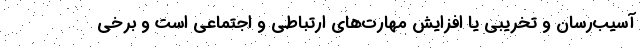
آسیب‌رسان و تخریبی یا افزایش مهارت‌های ارتباطی و اجتماعی است و برخی